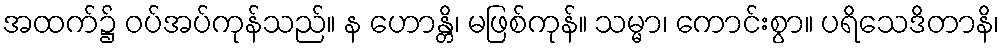
အထက်၌ ဝပ်အပ်ကုန်သည်။ န ဟောန္တိ၊ မဖြစ်ကုန်။ သမ္မာ၊ ကောင်းစွာ။ ပရိသေဒိတာနိ၊